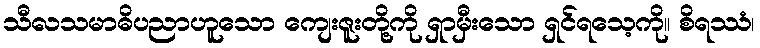
သီလသမာဓိပညာဟူသော ကျေးဇူးတို့ကို ရှာမှီးသော ရှင်ရသေ့ကို။ စိရဿံ၊